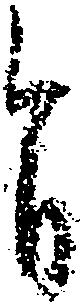
旨